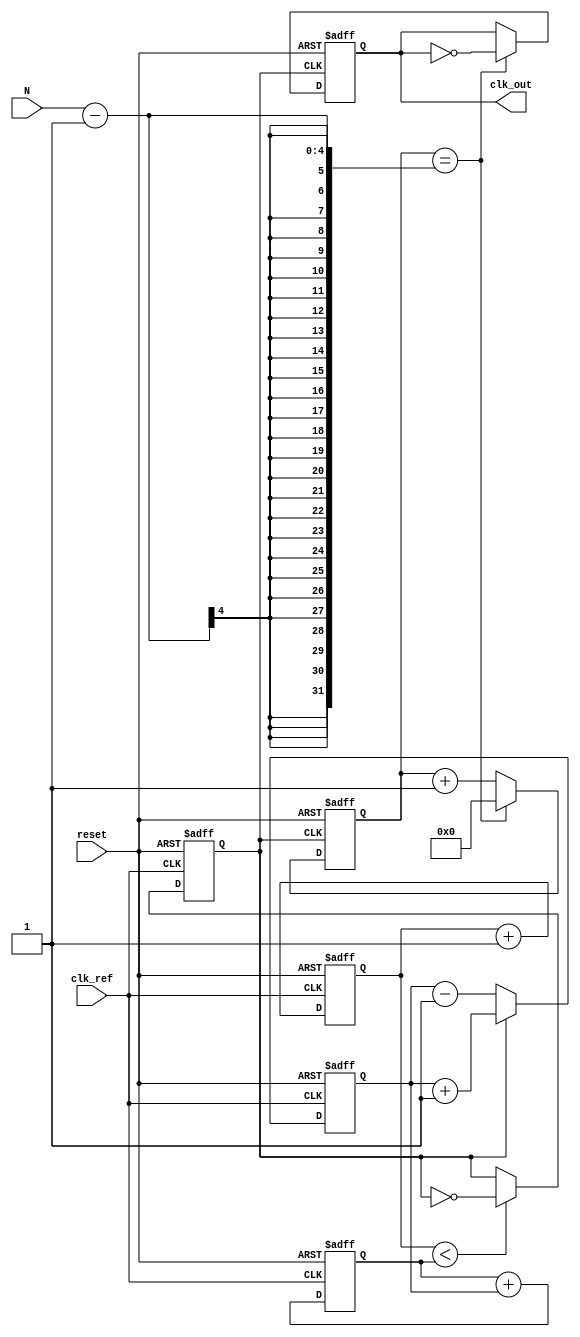
module integer_n_pll (
    input wire clk_ref,          // Reference clock input
    input wire reset,            // Asynchronous reset
    input wire [3:0] N,          // Division factor (Integer N)
    output reg clk_out           // Output clock
);

    // Internal signals
    reg [3:0] phase_error;       // Phase error signal from PD
    reg [7:0] control_voltage;    // Control voltage for VCO
    reg [3:0] vco_counter;        // VCO counter
    reg [3:0] divider_counter;    // Divider counter
    reg vco_clk;                  // VCO clock output

    // Phase Detector (PD)
    always @(posedge clk_ref or posedge reset) begin
        if (reset) begin
            phase_error <= 4'b0;
        end else begin
            // Simple phase error detection logic
            if (vco_clk) begin
                phase_error <= phase_error + 1; // Increment phase error
            end else begin
                phase_error <= phase_error - 1; // Decrement phase error
            end
        end
    end

    // Loop Filter (LF)
    always @(posedge clk_ref or posedge reset) begin
        if (reset) begin
            control_voltage <= 8'b0;
        end else begin
            // Simple first-order loop filter
            control_voltage <= control_voltage + phase_error; // Integrate phase error
        end
    end

    // Voltage-Controlled Oscillator (VCO)
    always @(posedge clk_ref or posedge reset) begin
        if (reset) begin
            vco_counter <= 4'b0;
            vco_clk <= 1'b0;
        end else begin
            // VCO frequency control based on control voltage
            if (vco_counter < control_voltage) begin
                vco_clk <= ~vco_clk; // Toggle VCO clock
            end
            vco_counter <= vco_counter + 1;
        end
    end

    // Divider (N-divider)
    always @(posedge vco_clk or posedge reset) begin
        if (reset) begin
            divider_counter <= 4'b0;
            clk_out <= 1'b0;
        end else begin
            if (divider_counter == (N - 1)) begin
                clk_out <= ~clk_out; // Toggle output clock
                divider_counter <= 4'b0; // Reset counter
            end else begin
                divider_counter <= divider_counter + 1; // Increment divider counter
            end
        end
    end

endmodule